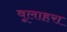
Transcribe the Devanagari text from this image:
वूलाहरा